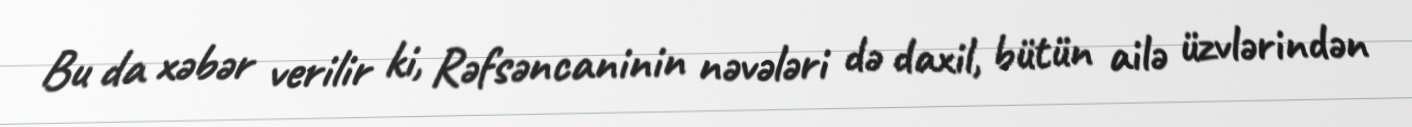
Bu da xəbər verilir ki, Rəfsəncaninin nəvələri də daxil, bütün ailə üzvlərindən